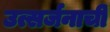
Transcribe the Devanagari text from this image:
उत्सर्जनाची